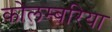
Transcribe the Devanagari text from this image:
कोलम्बरिया